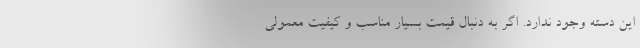
این دسته وجود ندارد. اگر به دنبال قیمت بسیار مناسب و کیفیت معمولی